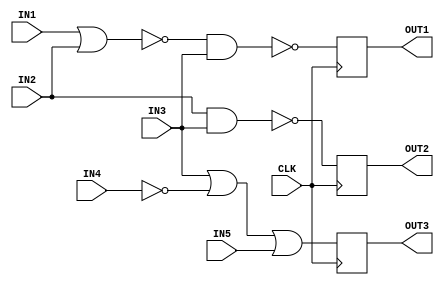
module DigCt
(IN1,IN2,IN3,IN4,IN5,CLK,OUT1,OUT2,OUT3);

input IN1,IN2,IN3,IN4,IN5;
input CLK;
output OUT1,OUT2,OUT3;
reg D11,D12,D2,D31,D32,OUT1,OUT2,OUT3;

always@(IN1,IN2)
	begin
		D11=~(IN1|IN2);
	end
always@(D11,IN3)
	begin
		D12=~(D11&IN3);
	end

always@(IN2,IN3)
	begin
		D2=~(IN2&IN3);
	end

always@(IN3,IN4)
	begin
		D31 = IN3|(~IN4);
	end
always@(D31,IN5)
	begin
		D32 = D31|IN5;
	end

//Sequential 

always@(posedge CLK)
	begin
		OUT1 <= D12;
	end
always@(posedge CLK)
	begin
		OUT2 <= D2;
	end
always@(posedge CLK)
	begin
		OUT3 <= D32;
	end
endmodule